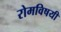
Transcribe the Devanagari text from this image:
रोमविषयी